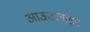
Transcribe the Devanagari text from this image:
आऊटलाइन